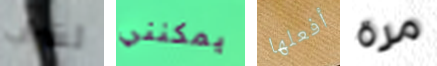
لشراب يمكنني أفعلها مرة